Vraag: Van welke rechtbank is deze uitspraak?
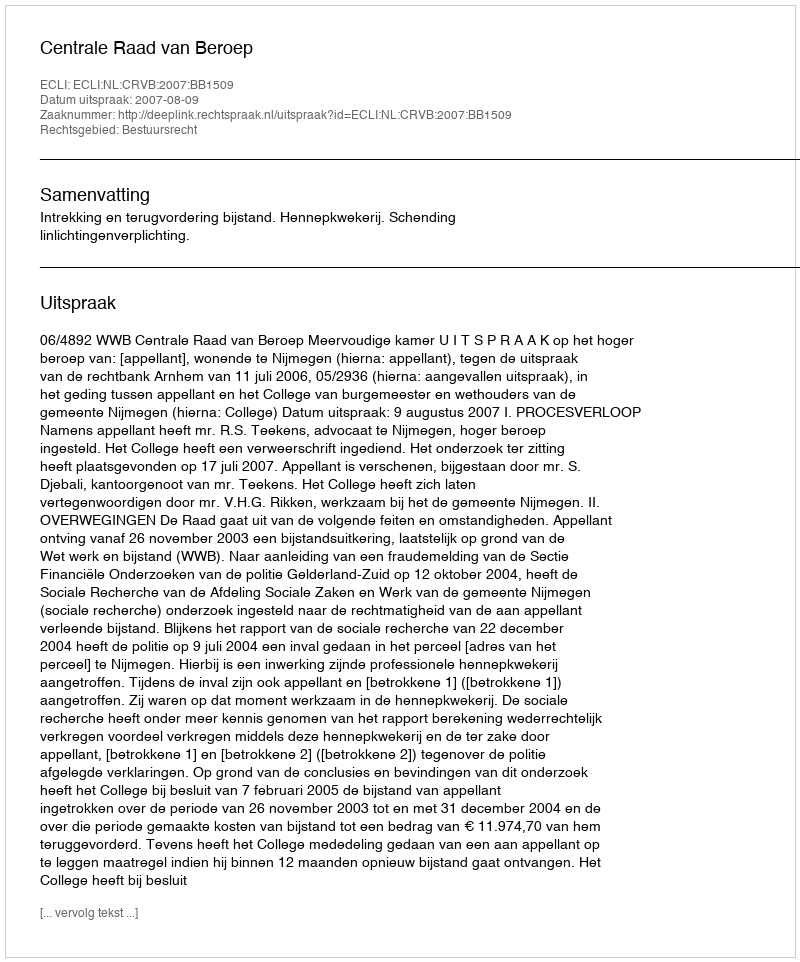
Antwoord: Centrale Raad van Beroep